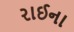
રાઈના